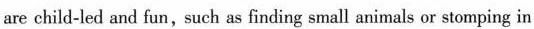
are child-led and fun,such as finding small animals or stomping in